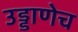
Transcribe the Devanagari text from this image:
उड्डाणेच